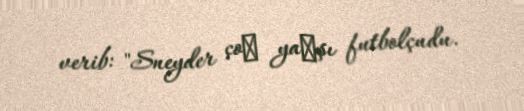
verib: "Sneyder çoх yaхşı futbolçudu.